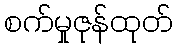
စက်မှုဇုန်ထုတ်